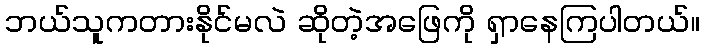
ဘယ်သူကတားနိုင်မလဲ ဆိုတဲ့အဖြေကို ရှာနေကြပါတယ်။